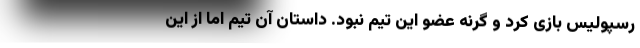
رسپولیس بازی کرد و گرنه عضو این تیم نبود. داستان آن تیم اما از این